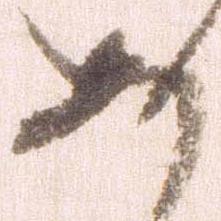
あ